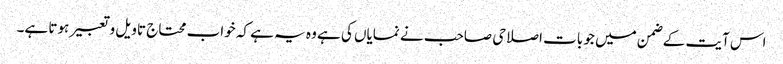
اس آیت کے ضمن میں جو بات اصلاحی صاحب نے نمایاں کی ہے وہ یہ ہے کہ خواب محتاج تاویل و تعبیر ہوتا ہے۔